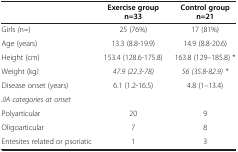
<table><thead><tr><td><b> </b></td><td><b>Exercise group n=33</b></td><td><b>Control group n=21</b></td></tr></thead><tbody><tr><td>Girls <i>(</i>n=)</td><td>25 (76%)</td><td>17 (81%)</td></tr><tr><td>Age (years)</td><td>13.3 (8.8-19.9)</td><td>14.9 (8.8-20.6)</td></tr><tr><td>Height (cm)</td><td>153.4 (128.6-175.8)</td><td>163.8 (129–185.8) *</td></tr><tr><td>Weight (kg<i>)</i></td><td><i>47.9 (22.3-78)</i></td><td><i>56 (35.8-82.9) *</i></td></tr><tr><td>Disease onset (years)</td><td>6.1 (1.2-16.5)</td><td>4.8 (1–13.4)</td></tr><tr><td><i>JIA categories at onset</i></td><td> </td><td> </td></tr><tr><td>Polyarticular</td><td>20</td><td>9</td></tr><tr><td>Oligoarticular</td><td>7</td><td>8</td></tr><tr><td>Entesites related or psoriatic</td><td>1</td><td>3</td></tr></tbody></table>